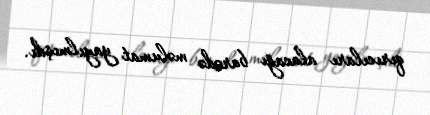
qırıcıları alacağı barədə məlumat yayılmışdı.